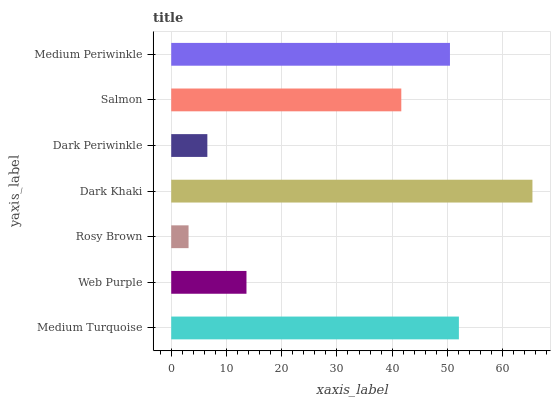
| yaxis_label | bars |
 | --- | --- |
 | Medium Turquoise | 52.1 |
 | Web Purple | 13.6 |
 | Rosy Brown | 3.14 |
 | Dark Khaki | 65.4 |
 | Dark Periwinkle | 6.54 |
 | Salmon | 41.7 |
 | Medium Periwinkle | 50.5 |